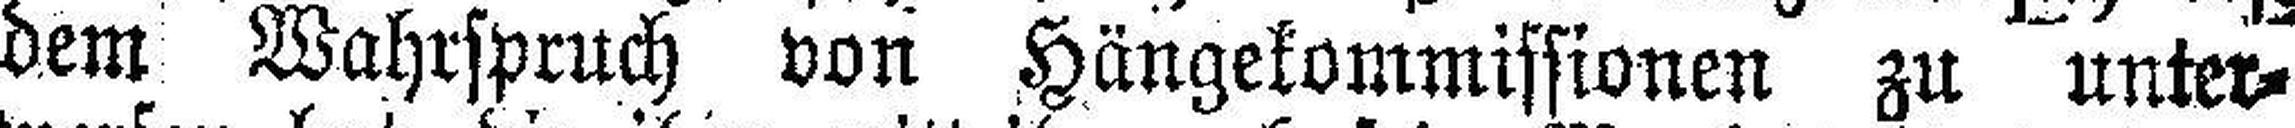
dem Wahrspruch von Hängekommissionen zu unter¬